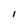
Character: I